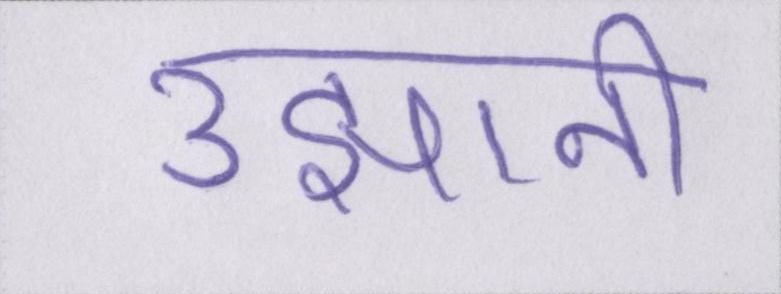
उझानी